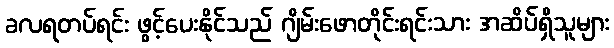
ခလရတပ်ရင်း ဖွင့်ပေးနိုင်သည် ဂျိမ်းဖောတိုင်းရင်းသား အဆိပ်ရှိသူများ